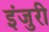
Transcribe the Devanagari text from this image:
इंजुरी